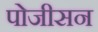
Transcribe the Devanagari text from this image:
पोजीसन